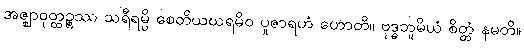
အဇ္ဈာဝုတ္ထဉ္စဿ သရီရမ္ပိ စေတိယဃရမိဝ ပူဇာရဟံ ဟောတိ။ ဗုဒ္ဓဘူမိယံ စိတ္တံ နမတိ။